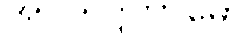
အပ္ပသဒ္ဒကာမော